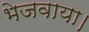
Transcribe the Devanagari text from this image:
भेजवाया।